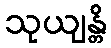
သုယျန္တိ